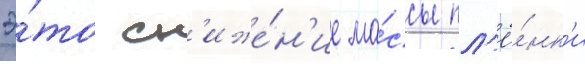
Э́то сн'иже́н'ие ма́ссы пл'ё́нк'и